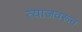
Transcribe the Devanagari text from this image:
त्याजवरून